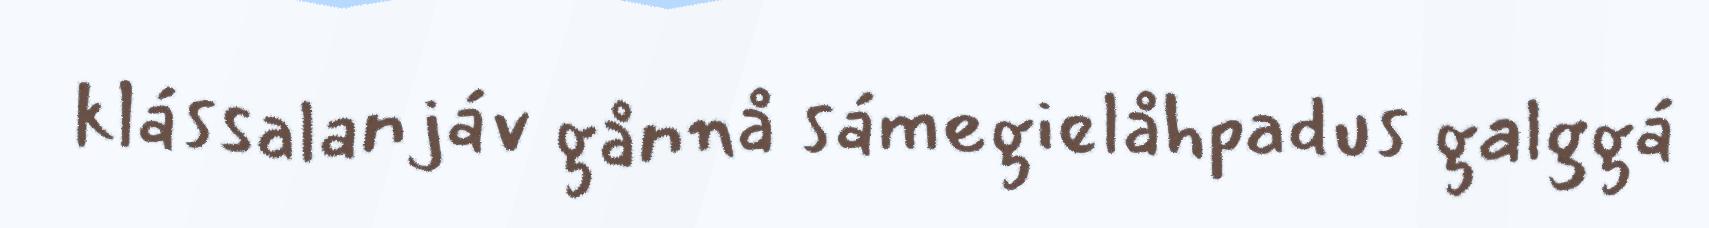
klássalanjáv gånnå sámegielåhpadus galggá